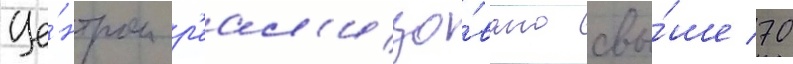
Це́нтром р'еал'изо́вано свы́ше 70